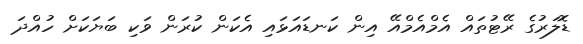
ޑޮލަރުގެ ރޭޓުތައް އެމްއެމްއޭ އިން ކަނޑައަޅައި އެކަން ކުރަން ވަކި ބަޔަކަށް ހުއްދަ